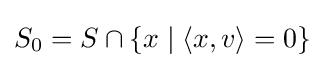
S_{0}=S\cap \{x\mid \langle x,v\rangle =0\}